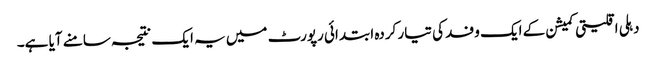
دہلی اقلیتی کمیشن کے ایک وفد کی تیار کردہ ابتدائی رپورٹ میں یہ ایک نتیجہ سامنے آیا ہے۔